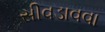
સીવડાવવા